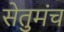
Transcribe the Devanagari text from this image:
सेतुमंच